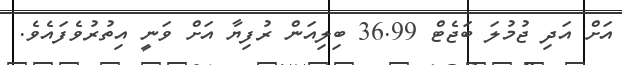
އަށް އަދި ޖުމުލަ ބަޖެޓް 36.99 ބިލިއަން ރުފިޔާ އަށް ވަނީ އިތުރުވެފައެވެ.